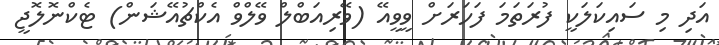
އަދި މި ސައިކަލަކީ ފުރަތަމަ ފަހަރަށް ވީވީއޭ (ވޭރިއަބްލް ވޭލްވް އެކްޗުއޭޝަން) ޓެކްނޮލޮޖީ